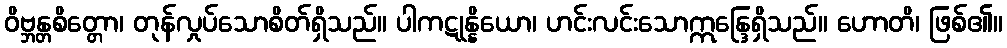
ဝိဗ္ဘန္တစိတ္တော၊ တုန်လှုပ်သောစိတ်ရှိသည်။ ပါကဋုန္နိယော၊ ဟင်းလင်းသောဣန္ဒြေရှိသည်။ ဟောတိ၊ ဖြစ်၏။